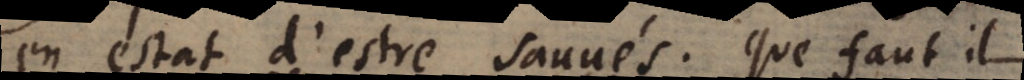
en estat d’estre sauvés. Que faut il